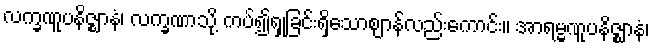
လက္ခဏူပနိဇ္ဈာနံ၊ လက္ခဏာသို့ ကပ်၍ရှုခြင်းရှိသောဈာန်လည်းကောင်း။ အာရမ္မဏူပနိဇ္ဈာနံ၊